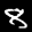
Label: 8